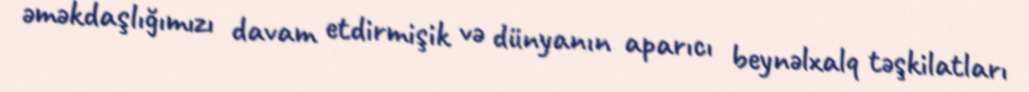
əməkdaşlığımızı davam etdirmişik və dünyanın aparıcı beynəlxalq təşkilatları